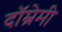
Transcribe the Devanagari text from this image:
दॉम्रेमी